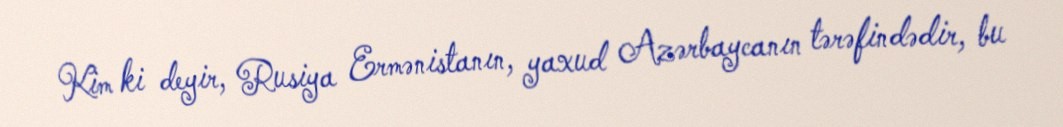
Kim ki deyir, Rusiya Ermənistanın, yaxud Azərbaycanın tərəfindədir, bu